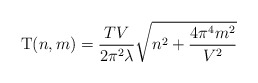
\begin{align*}{\rm T}(n,m)= \frac{TV}{2\pi^2\lambda}\sqrt{n^2 +\frac{4\pi^4m^2}{V^2}}\end{align*}